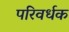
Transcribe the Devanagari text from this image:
परिवर्धक